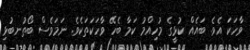
ވާހަކަ އެވެ. ބައެއް ކުޅީގެ މުހިއްމު ކަމާ ބެހޭ ވާހަކަތަކެވެ. ނަމަވެސް ބޯތުނބުޅި